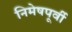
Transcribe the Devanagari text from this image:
निमेषपूर्वी